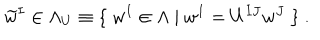
\widetilde { w } ^ { I } \in \Lambda _ { U } \equiv \{ \ w ^ { I } \in \Lambda \ | \ w ^ { I } = U ^ { I J } w ^ { J } \ \} \ .